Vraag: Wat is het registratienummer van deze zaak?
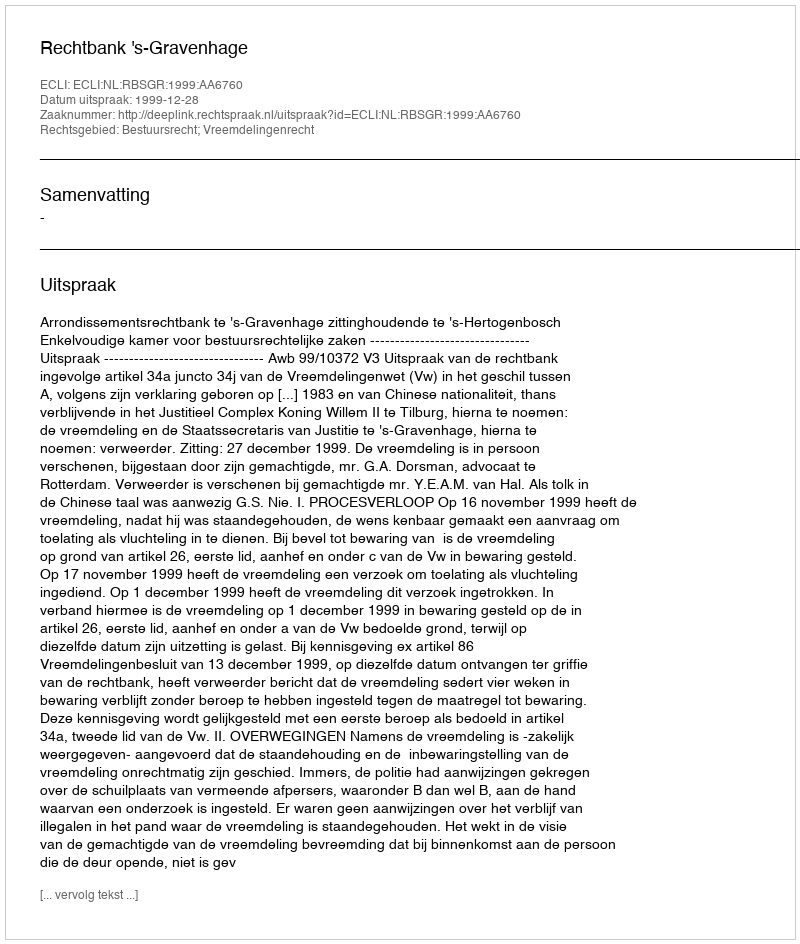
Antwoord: http://deeplink.rechtspraak.nl/uitspraak?id=ECLI:NL:RBSGR:1999:AA6760